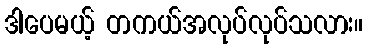
ဒါပေမယ့် တကယ်အလုပ်လုပ်သလား။